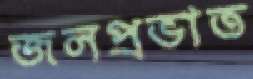
জলপ্রভাত